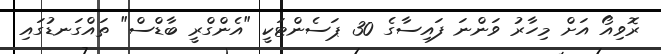
ރޮވިއޯ އަށް މިހާރު ވަންނަ ފައިސާގެ 30 ޕަސެންޓަކީ "އެންގްރީ ބާޑްސް" ތައްގަނޑުގައި